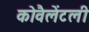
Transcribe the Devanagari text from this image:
कोवैलेंटली